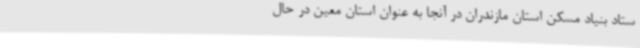
ستاد بنیاد مسکن استان مازندران در آنجا به عنوان استان معین در حال